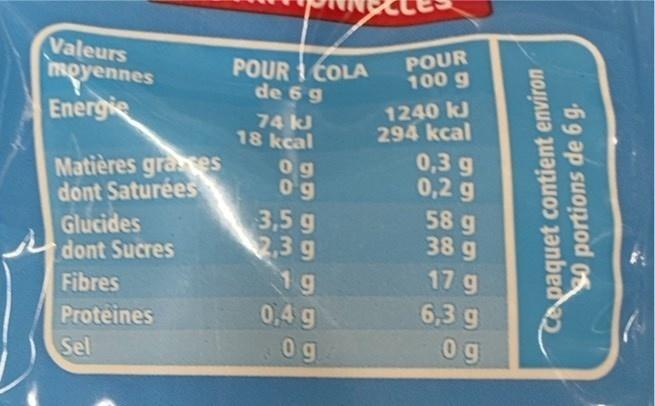
Valeurs Royennes
POUR 1 COLA de 6 9
POUR 100 g
1240 kJ 294 kcal 0,3 g 0,2 g 58 g 38 g
Energie
74 kJ 18 kcal
Matières graes dont Saturées
og
Glucides dont Sucres
3,5 g 2,3g 1g
17 g
Fibres
6,3 g 0 g
0,4 g
Proteines
Sel
0g9
Capaquet contient environ So portions de 6 g.